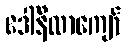
ဒေါ်နီလာကျော်